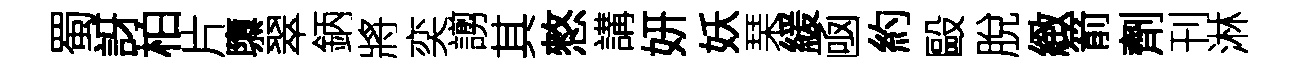
蜀訝柏片隳翠鈵將奕謭其憗講妍妖琹緩凾約毆脫緻箭劑刊淋